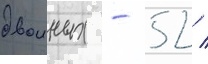
двоиных - 52 /